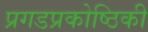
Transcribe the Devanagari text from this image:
प्रगडप्रकोष्ठिकी